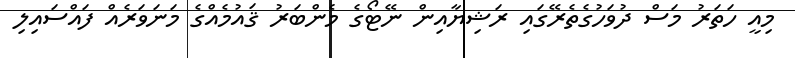
މިއީ ހަތަރު މަސް ދުވަހުގެތެރޭގައި ރަޝިޔާއިން ނޭޓޯގެ މެންބަރު ޤައުމެއްގެ މަނަވަރެއް ފައްސައިލި